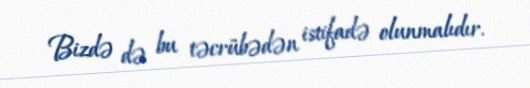
Bizdə də bu təcrübədən istifadə olunmalıdır.